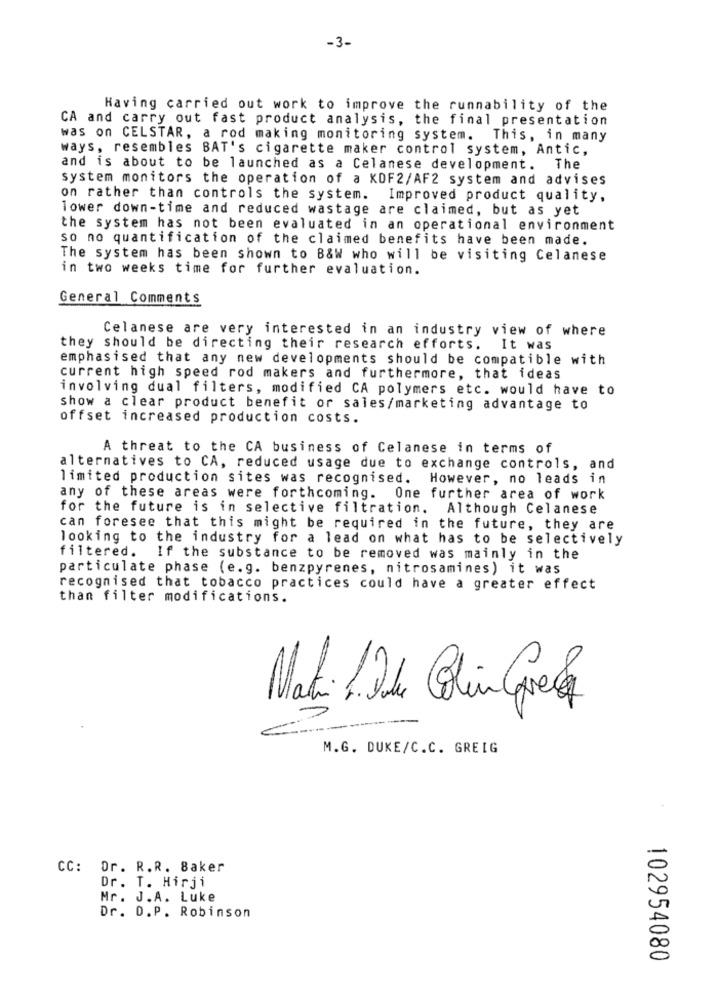
-3-
Having carried out work to improve the runnability of the
CA and carry out fast product analysis, the final presentation
was on CELSTAR, a rod making monitoring system. This, in many
ways, resembles BAT's cigarette maker control system, Antic,
and is about to be launched as a Celanese development. The
system monitors the operation of a KOF2/AF2 system and advises
on rather than controls the system. Improved product quality,
lower down-time and reduced wastage are claimed, but as yet
the system has not been evaluated in an operational environment
so no quantification of the claimed benefits have been made.
The system has been shown to B&W who will be visiting Celanese
in two weeks time for further evaluation.
General Comments
Celanese are very interested in an industry view of where
they should be directing their research efforts.
It was
emphasised that any new developments should be compatible with
current high speed rod makers and furthermore, that ideas
involving dual filters, modified CA polymers etc. would have to
Show a clear product benefit or sales/marketing advantage to
offset increased production costs.
A threat to the CA business of Celanese in terms of
alternatives to CA, reduced usage due to exchange controls, and
limited production sites was recognised. However, no leads in
any of these areas were forthcoming. One further area of work
for the future is in selective filtration. Although Celanese
can foresee that this might be required in the future, they are
looking to the industry for a lead on what has to be selectively
filtered. If the substance to be removed was mainly in the
particulate phase (e.g. benzpyrenes, nitrosamines) it was
recognised that tobacco practices could have a greater effect
than filter modifications.
Mari /2de Colin Quela
M.G. DUKE/C.C. GREIG
CC: Dr. R.R. Baker
Dr. T. Hirji
Mr. J.A. Luke
Dr. D.P. Robinson
102954080